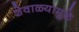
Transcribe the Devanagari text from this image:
शेवाळ्यामुळे